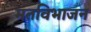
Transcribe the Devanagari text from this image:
मतविभाजन